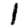
Digit: 1